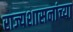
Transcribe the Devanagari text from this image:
राज्यशासनांच्या